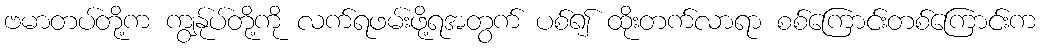
ဗမာတပ်တို့က ကျွန်ုပ်တို့ကို လက်ရဖမ်းဖို့ရအတွက် ပစ်၍ ထိုးတက်လာရာ စစ်ကြောင်းတစ်ကြောင်းက